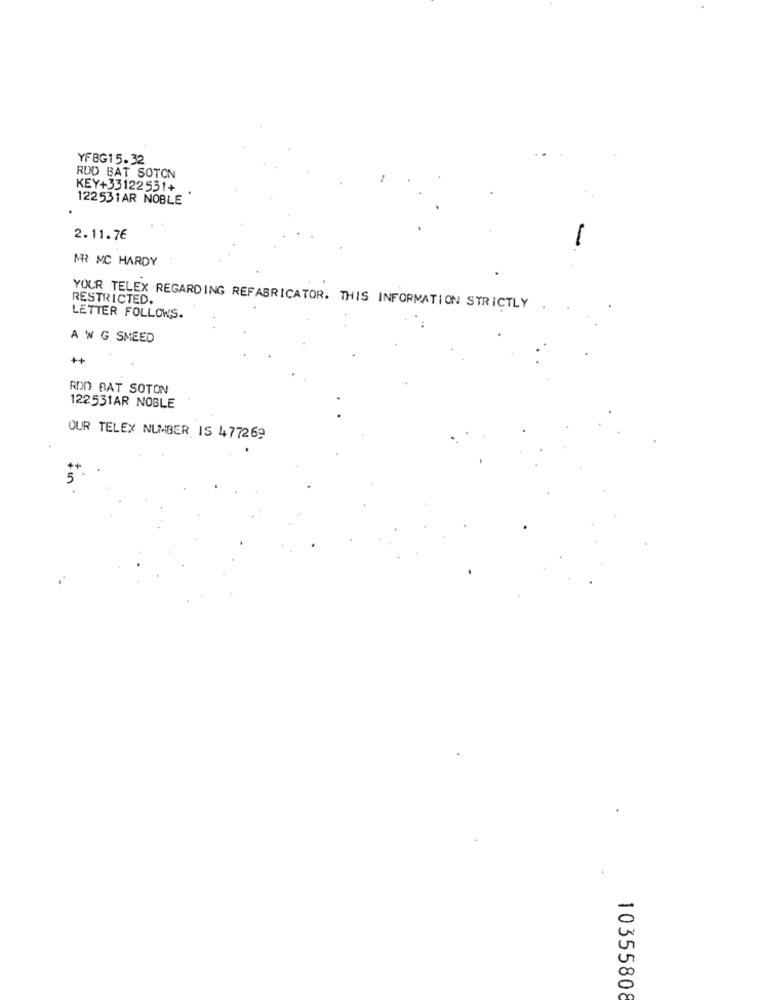
YFBG15.32
RDD BAT SOTON
KEY+33122531+
122531AR NOBLE
2.11.7€
MR MC HARDY
RESTRICTED.
YOUR TELEX REGARDING REFABRICATOR. THIS INFORMATION STRICTLY
LETTER FOLLOWS.
A W G SMEED
++
ROD BAT SOTON
122531AR NOBLE
OUR TELEX NUMBER IS 477269
10355808